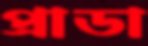
প্রাডা